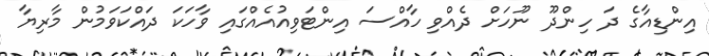
އިންޑިއާގެ ދަ ހިންދޫ ނޫހަށް ދެއްވި ހާއްސަ އިންޓަވިއުއެއްގައި ވާހަކަ ދައްކަަވަމުން މާރިޔާ